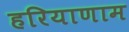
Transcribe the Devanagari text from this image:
हरियाणाम